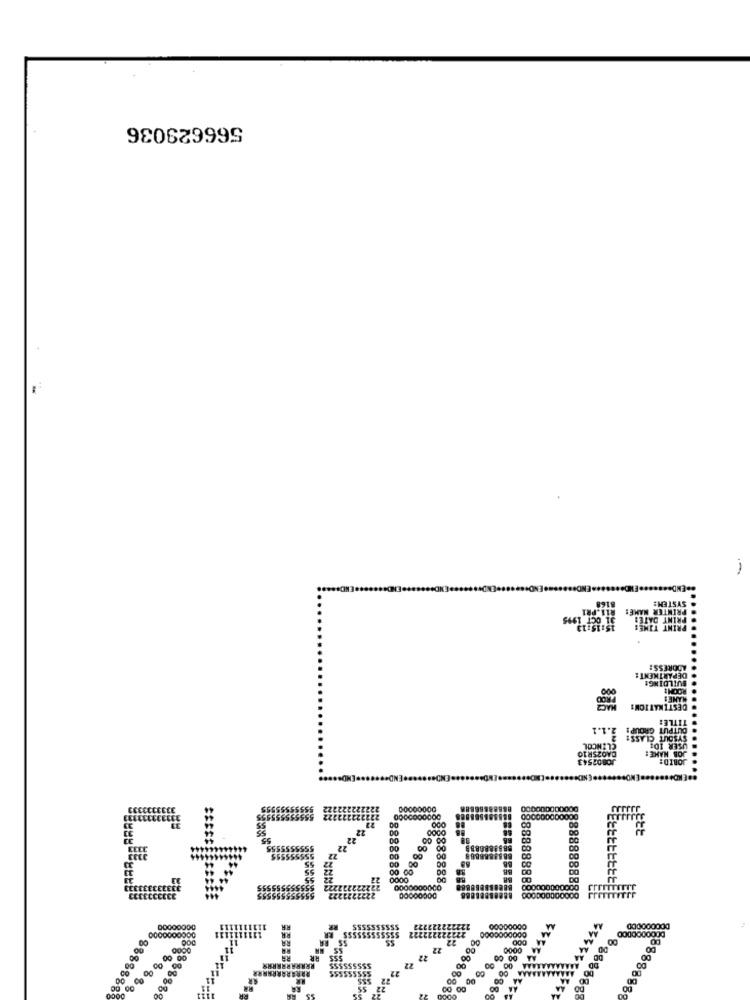
566629036
PRINTER NAME:
SYSTEM:
PRINT DATE:
ADDRESS:
DEPARTMENT:
ROOM:
BUILDING!
MANES
DESTINATION:
1.1.1
BAO25R16
JO002543
JORIDE
JOB02543
8888
888
88888888
8888889
38888888
888888888
DOODOOODD
8888888
8888888
8888883
8888888
888888
8888888